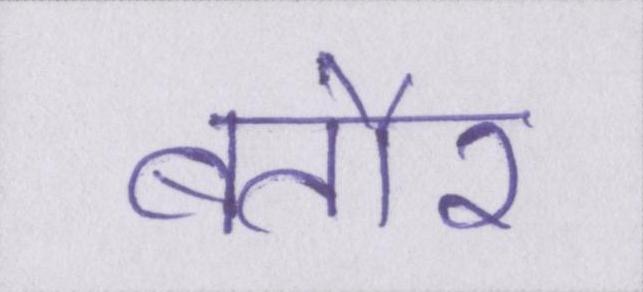
बतौर